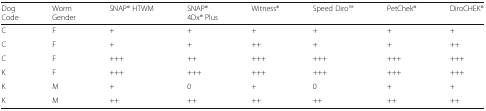
<table><thead><tr><td><b>DogCode</b></td><td><b>WormGender</b></td><td><b>SNAP® HTWM</b></td><td><b>SNAP®4Dx® Plus</b></td><td><b>Witness®</b></td><td><b>Speed DiroTM</b></td><td><b>PetChek®</b></td><td><b>DiroCHEK®</b></td></tr></thead><tbody><tr><td>C</td><td>F</td><td>+</td><td>+</td><td>+</td><td>+</td><td>+</td><td>+</td></tr><tr><td>C</td><td>F</td><td>+</td><td>+</td><td>++</td><td>+</td><td>+</td><td>++</td></tr><tr><td>C</td><td>F</td><td>+++</td><td>++</td><td>+++</td><td>+++</td><td>+++</td><td>+++</td></tr><tr><td>K</td><td>F</td><td>+++</td><td>+++</td><td>+++</td><td>+++</td><td>+++</td><td>+++</td></tr><tr><td>K</td><td>M</td><td>+</td><td>0</td><td>+</td><td>0</td><td>+</td><td>+</td></tr><tr><td>K</td><td>M</td><td>++</td><td>++</td><td>++</td><td>++</td><td>++</td><td>++</td></tr></tbody></table>